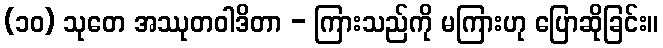
(၁၀) သုတေ အဿုတဝါဒိတာ - ကြားသည်ကို မကြားဟု ပြောဆိုခြင်း။